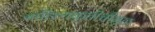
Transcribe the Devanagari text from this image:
साहित्यकृतीचीमूळ